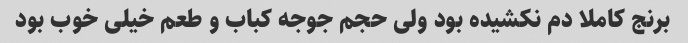
برنج کاملا دم نکشیده بود ولی حجم جوجه کباب و طعم خیلی خوب بود